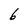
Character: 6